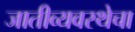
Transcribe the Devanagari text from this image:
जातीव्यवस्थेचा